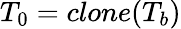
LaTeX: {T}_{0}=clone(T_{b})